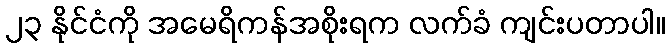
၂၃ နိုင်ငံကို အမေရိကန်အစိုးရက လက်ခံ ကျင်းပတာပါ။